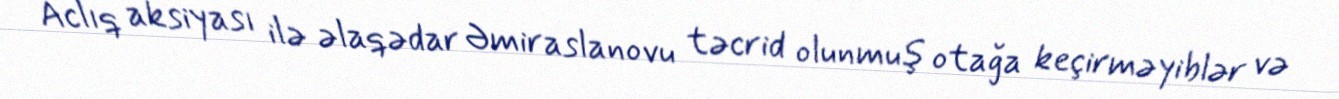
Aclıq aksiyası ilə əlaqədar Əmiraslanovu təcrid olunmuş otağa keçirməyiblər və